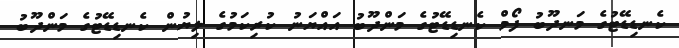
ކެނޑިޑޭޓުގެ މަނދޫބު ފޯމް ކެނޑިޑޭޓުގެ މަންދޫބު އައްޔަނު ކުރިކަމުގެ ލިޔުން ކެނޑިޑޭޓުގެ މަންދޫބު